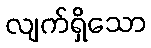
လျက်ရှိသော